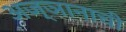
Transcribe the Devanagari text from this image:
अज्ञानाची